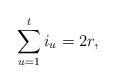
LaTeX: \begin{align*}\sum_{u = 1}^t i_u = 2r,\end{align*}